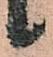
候